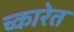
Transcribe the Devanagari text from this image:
च्कारेत